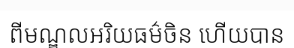
ពីមណ្ឌលអរិយធម៌ចិន ហើយបាន